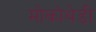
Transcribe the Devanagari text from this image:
मोकोथेडी